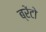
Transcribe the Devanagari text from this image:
ब्रेंटो